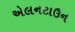
એલનટાઉન